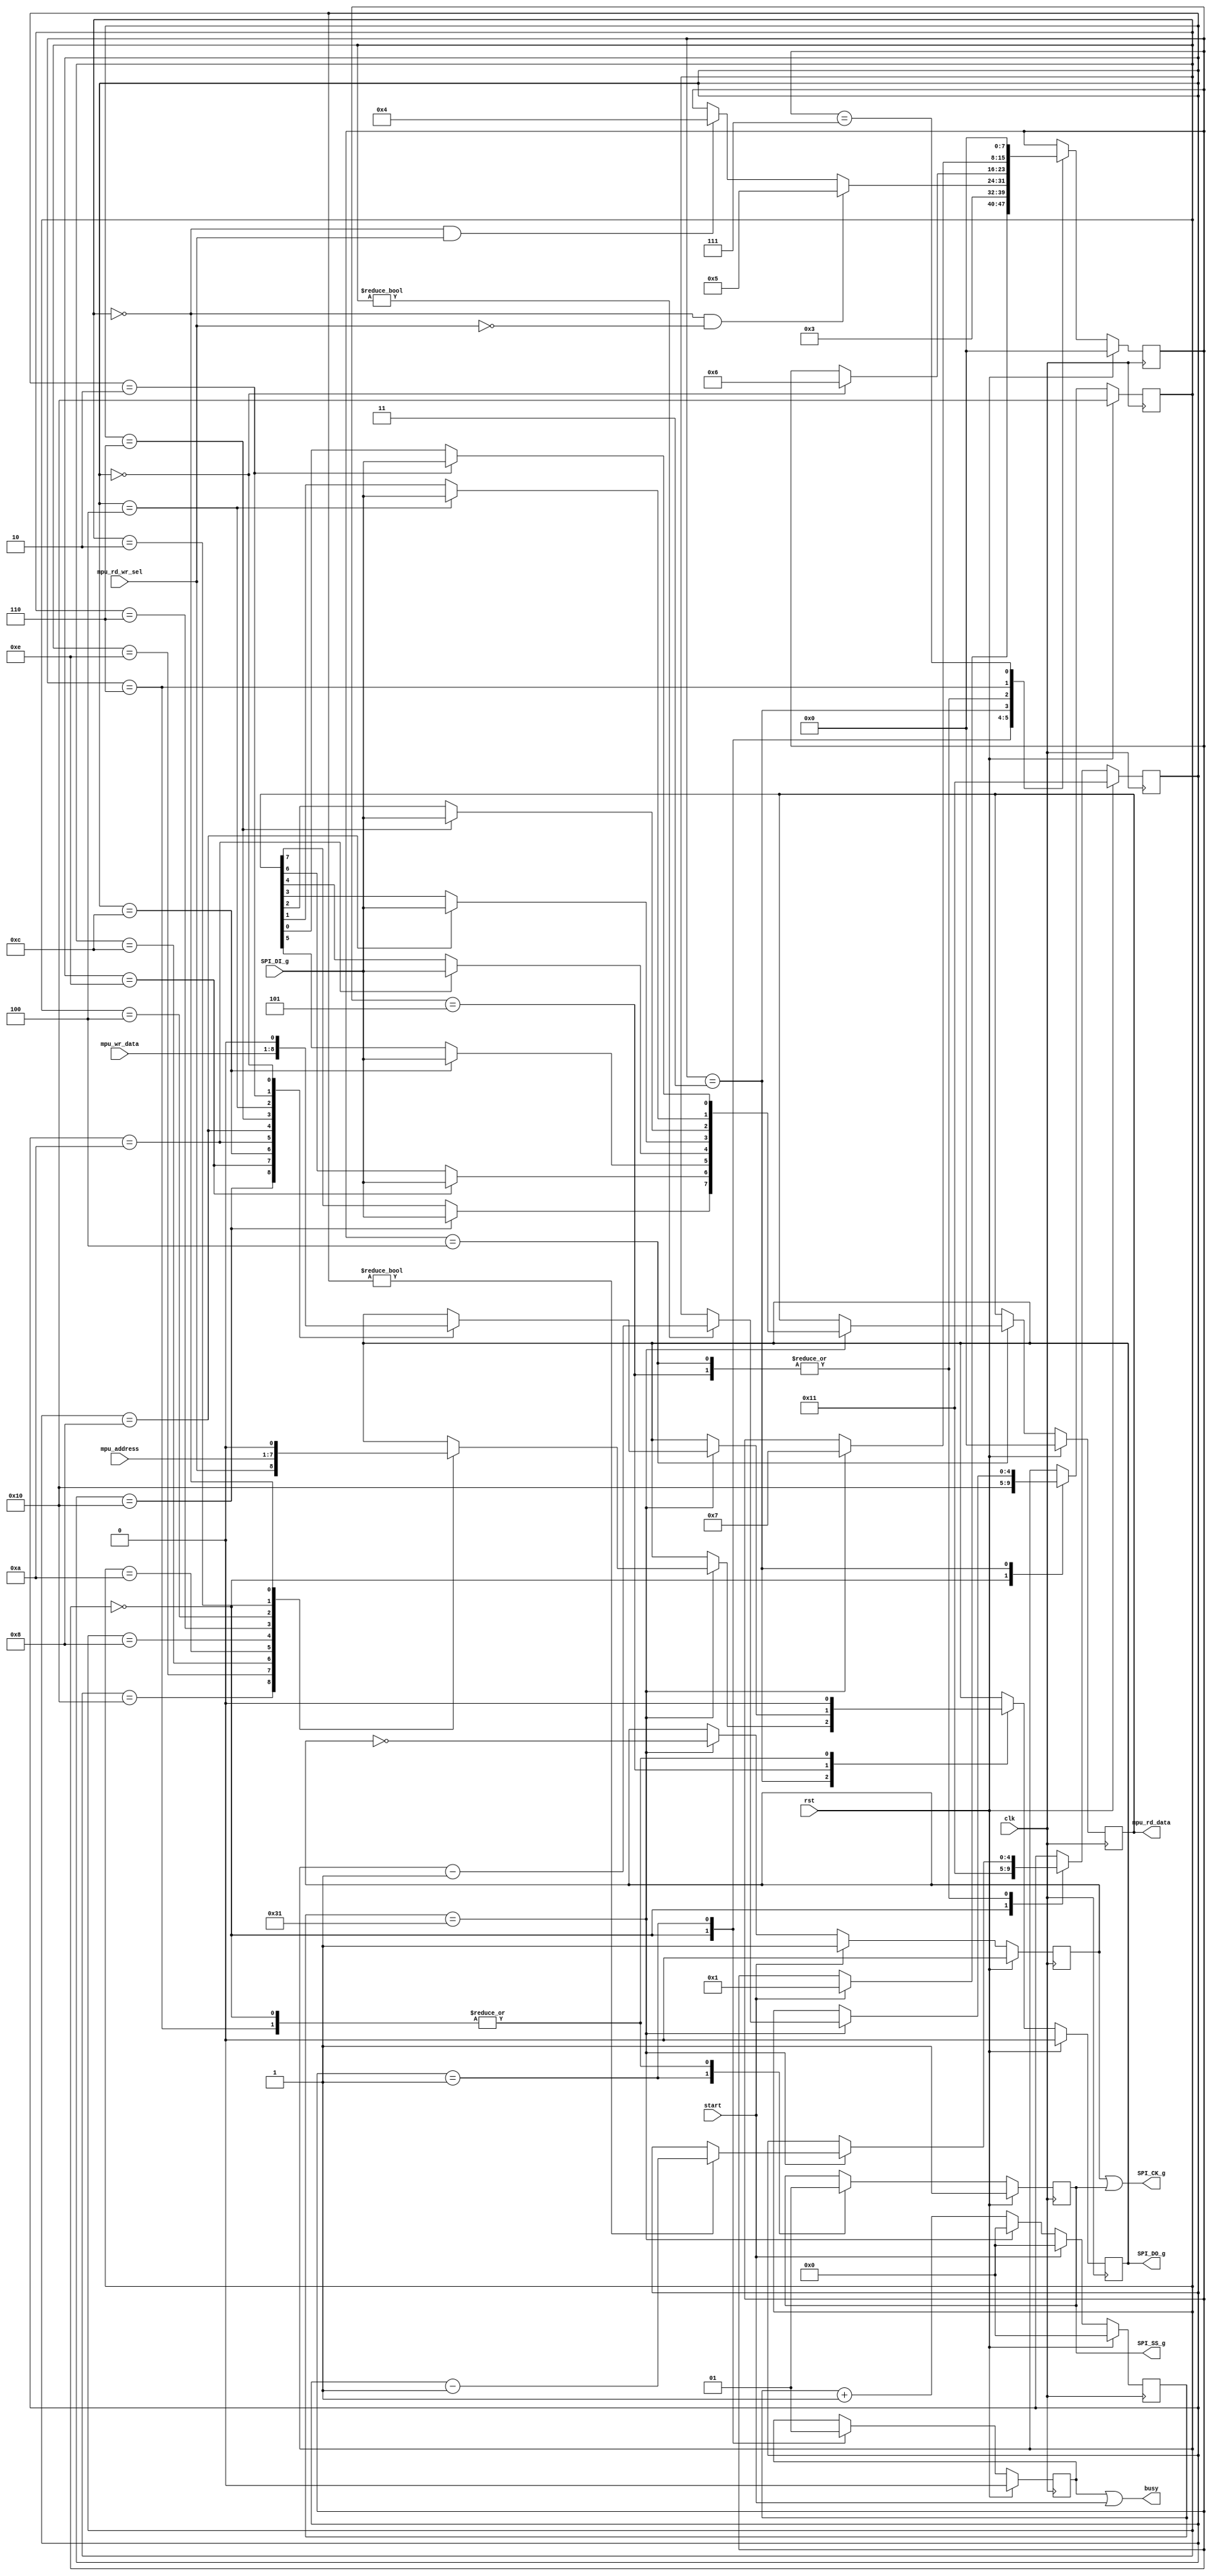
module SPI_interface( 
	input clk,
	input rst,
	input [6:0] mpu_address,		//from MPU9250.v
	input [7:0] mpu_wr_data,		//from MPU9250.v
	input mpu_rd_wr_sel,				//from MPU9250.v for select read or write 
	input start,						//start read/write
	output busy,					//don't be send new address or new data from MPU9250.v 
	output SPI_SS_g,						//sleve_select
	output SPI_CK_g,						//SCLK
	output SPI_DO_g,						//Master out Sleve in						
	input SPI_DI_g,						//Master in Slave out
	output [7:0] mpu_rd_data				//for mpu_read_data @MPU9250_controler
    );
	 
	 reg [7:0] mpu_rd_data_buff; 		//for read data baff from MPU
	 reg [7:0] SPIstate;
	 reg [11:0] counter;		//for SPI_SS
	 reg MPUclk;				//for SPI_SS.  don't stop reversal
	 reg  do_reg;				//SPI_DO 
	 reg  ss_reg;				//SPI_SS
	 reg  ck_reg;				//SPI_CK
	 reg busy_bf;				//=MPU_busy buff
	 reg [4:0] i;				//counter for mpu_address[i]
	 reg [4:0] j;				//counter for mpu_rd_data[j]
	

parameter SPI_HALF_CLK = 50; // 50 clks @ 100MHz to make SPI 1MHz
                         // Atlys/Zedboard 50clks = MPU 1clk 
parameter SPI_CLK = SPI_HALF_CLK*2;

wire halfCLKpassed = (counter == SPI_HALF_CLK-1);

// count 50 clks = SCLK generator
always@(posedge clk)
begin
	if(rst)
	begin
		counter <= 0;
		MPUclk <= 0;
	end
	else
	begin
		if(start==1) begin
			counter <= 0;		
			MPUclk <= 1;			
		end
		else if(halfCLKpassed)begin			
			counter <= 0;		
			MPUclk <= ~MPUclk;
			end
		else begin
			counter <= counter + 1;
		end
	end
end

//for state trans 
always @(posedge clk)
	begin
		if(rst)
		begin
			SPIstate = 0;
		end
		else
		begin		
			case(SPIstate)
				0:if(start == 1) SPIstate = 1;	//INIT
				1:SPIstate = 3;	//for SPI_SS = 0
				3:begin
					if(i==0 && mpu_rd_wr_sel == 1)SPIstate = 4;				//address set
					if(i==0 && mpu_rd_wr_sel == 0)SPIstate = 5;				//address set
				end
				4:if(j==0)SPIstate = 6;				//read or write data
				5:if(j==0)SPIstate = 6;
				6:if(halfCLKpassed)SPIstate = 7;				//HOLD		//FINISH and go to state0 
				7:SPIstate = 0;			//FINISH
			endcase
		end
	end
 
 
always @ (posedge clk)
begin 
	if(rst)
		begin
			do_reg = 0;
			ck_reg = 1;
			ss_reg = 1;
			busy_bf = 0;
			mpu_rd_data_buff = 0;
			i = 16;
			j = 17;
		end
	else
		case(SPIstate)
			0:begin					//INIT
				do_reg = 0;
				ss_reg = 1; 
				busy_bf = 0;
			   i = 16;
				j = 17;
			  end
			1:begin					//ready
					busy_bf = 1;
					ss_reg = 0;
					end
			3:begin					//send mpu_address[i] to MPU9250 with SPI
				if(halfCLKpassed)
				begin
					case (i)
						16:do_reg = mpu_rd_wr_sel;
						14:do_reg = mpu_address[6];
						12:do_reg = mpu_address[5];
						10:do_reg = mpu_address[4];
						8: do_reg = mpu_address[3];
						6: do_reg = mpu_address[2];
						4: do_reg = mpu_address[1];
						2: do_reg = mpu_address[0];
						0: do_reg = 0;
					endcase
					if(i!=0) i=i-1;
				end
			  end
			4:begin				//read SPI_DI from MPU9250 with SPI
				if(halfCLKpassed)
				begin
					case (j)
						16:mpu_rd_data_buff[7] = SPI_DI_g;
						14:mpu_rd_data_buff[6] = SPI_DI_g;
						12:mpu_rd_data_buff[5] = SPI_DI_g;
						10:mpu_rd_data_buff[4] = SPI_DI_g;
						8:mpu_rd_data_buff[3] = SPI_DI_g;
						6:mpu_rd_data_buff[2] = SPI_DI_g;
						4:mpu_rd_data_buff[1] = SPI_DI_g;
						2:mpu_rd_data_buff[0] = SPI_DI_g;						
					endcase
					if(j!=0) j=j-1;
				end
			end	

			5:begin				//write data 
				if(halfCLKpassed)
				begin
					case (j)
						16:do_reg = mpu_wr_data[7]; 
						14:do_reg = mpu_wr_data[6]; 
						12:do_reg = mpu_wr_data[5]; 
						10:do_reg = mpu_wr_data[4]; 
						8:do_reg = mpu_wr_data[3]; 
						6:do_reg = mpu_wr_data[2]; 
						4:do_reg = mpu_wr_data[1]; 
						2:do_reg = mpu_wr_data[0]; 
						0:do_reg = 0;
					endcase
					if(j!=0) j=j-1;
				end
			end
							  
			6:begin				//HOLD
				ck_reg =1;
				do_reg =0;
				ss_reg = 1;
			  end
			  
			7:begin		//FINISH
			end
			
		endcase
end


assign SPI_DO_g = do_reg;
assign SPI_CK_g = MPUclk | ss_reg;
assign SPI_SS_g = ss_reg;
assign busy = busy_bf | start;
assign mpu_rd_data = mpu_rd_data_buff;
endmodule